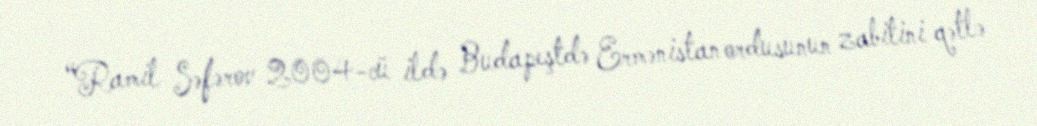
“Ramil Səfərov 2004-cü ildə Budapeştdə Ermənistan ordusunun zabitini qətlə